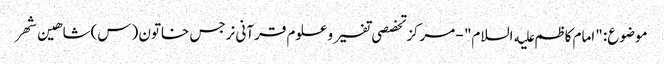
موضوع: "امام کاظم علیه السلام" - مرکز تخصصی تفسیر و علوم قرآنی نرجس خاتون (س)شاهین شهر